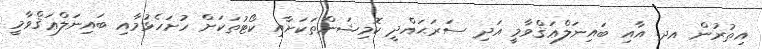
އިތުރުން އދ. އާއި ބައިނަލްޢަޤްވާމީ އަދި ސަރަޙައްދީ ކޮމިޝަންތަކަށާއި ކޯޓުތަކަށް ހުށަހެޅުމާއި ބައިނަލްޢަޤްވާމީ